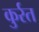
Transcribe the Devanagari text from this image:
कुर्रत